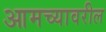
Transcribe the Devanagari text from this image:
आमच्यावरील